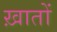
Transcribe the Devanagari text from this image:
ख़ातों